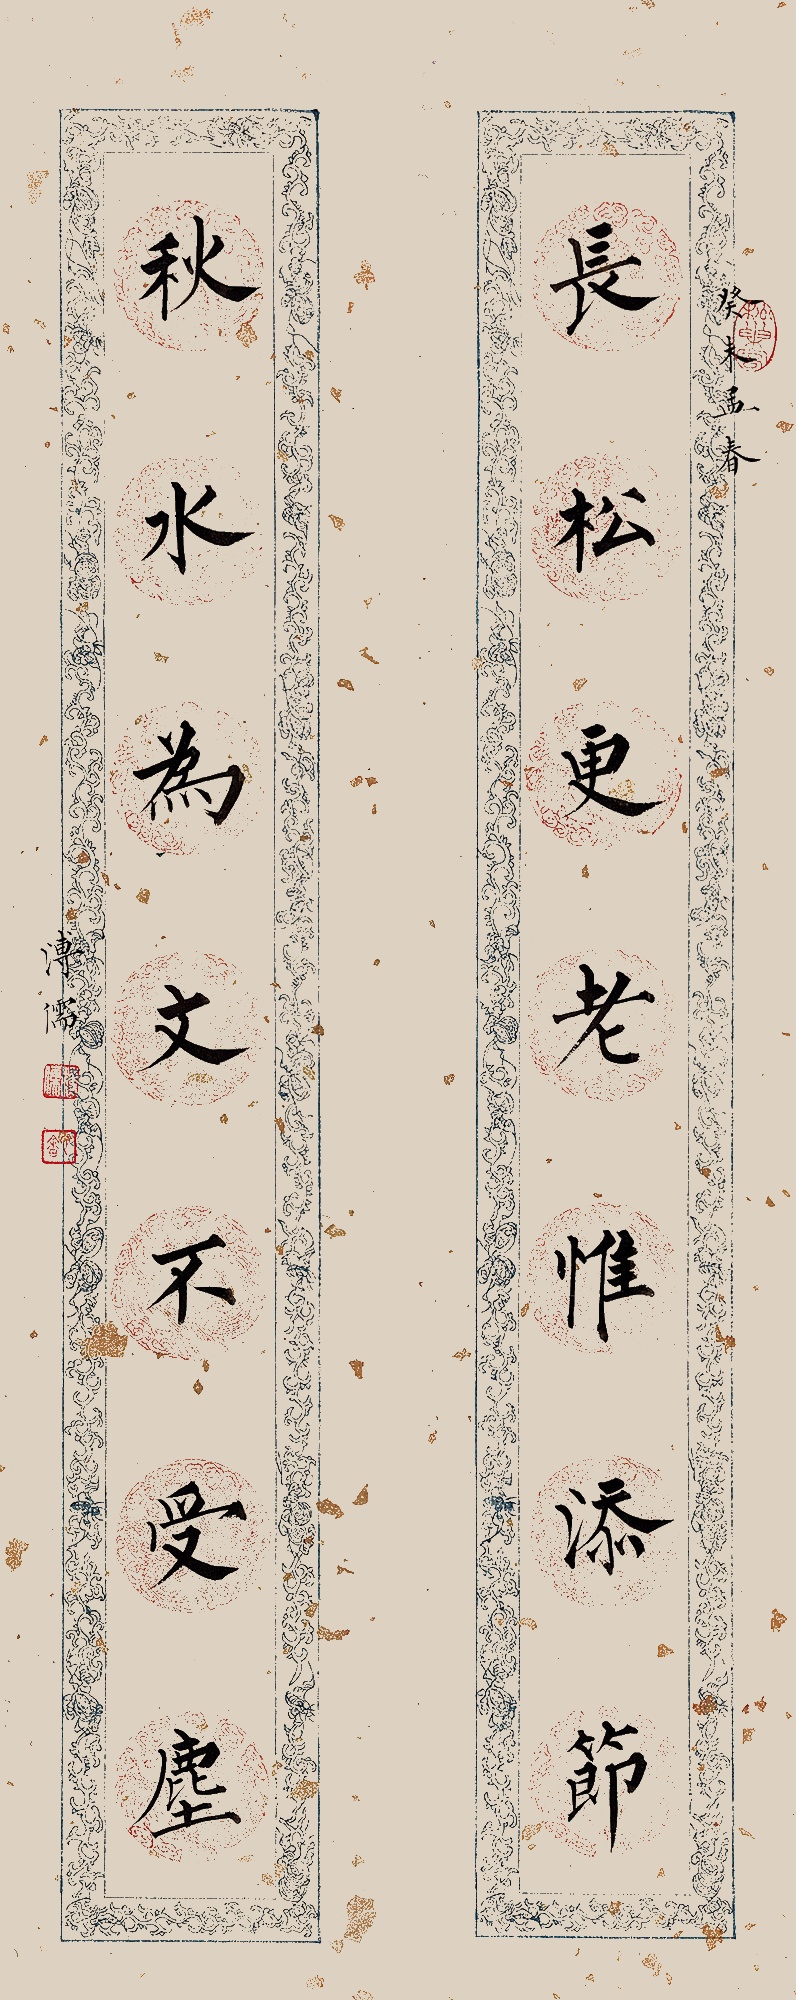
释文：长松更老惟添节，秋水为文不受尘。癸未孟春。溥儒。